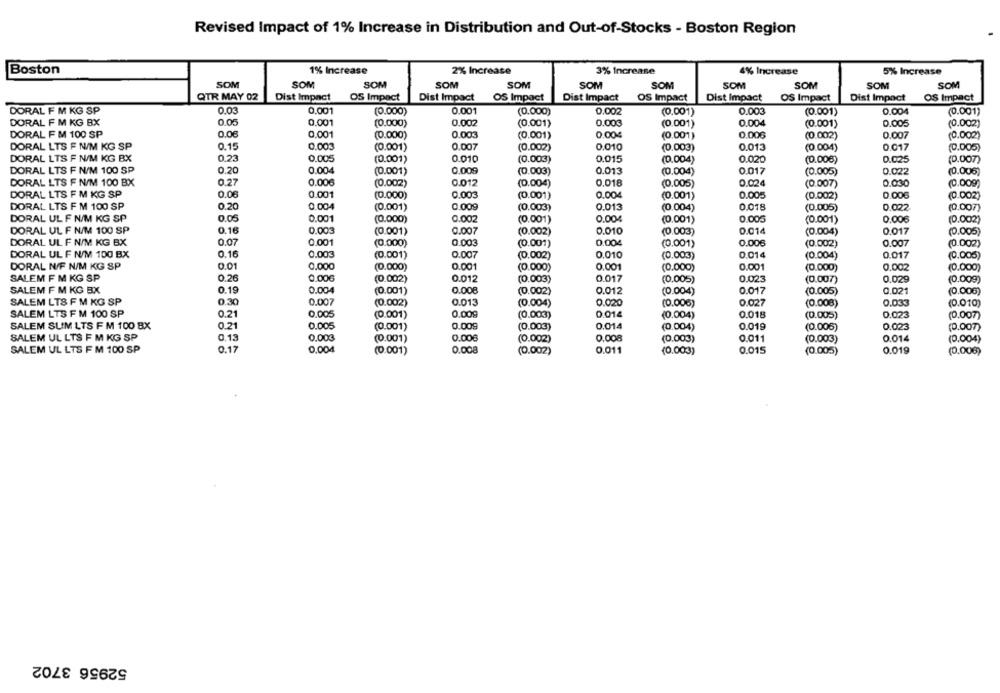
Revised Impact of 1% Increase in Distribution and Out-of-Stocks - Boston Region
Boston
1% Increase
2% Increase
3% Increase
4% Increase
5% Increase
SOM
SOM
SOM
SOM
SOM
SOM
SOM
SOM
SOM
SOM
SOM
QTR MAY 02
Dist Impact
OS Impact
Dist Impact OS Impact
Dist Impact
OS Impact
Dist Impact
Dist Impact
OS Impact
OS Impact
0.03
0.001
(0.000)
0.001
(0.000)
0.002
0.003
0.004
(0.001)
DORAL F M KG SP
(0.001)
(0.001)
DORAL F M KG BX
0.05
0.001
(0.000)
0.002
(0.001)
0.003
(0.001)
0.004
(0.001)
0.005
(0.002)
DORAL F M 100 SP
0.06
0.001
(0.000)
0.003
(0.001)
0.004
(0.001)
0.006
(0.002)
0.007
(0.002)
DORAL LTS F N/M KG SP
0.15
0.003
(0.001)
0.007
(0.002)
0.010
(0.003)
0.013
(0.004)
0.017
(0.005)
DORAL LTS F N/M KG BX
0.23
0.005
(0.001)
0.010
(0.003)
0.015
(0.004)
0.020
(0.006)
0.025
(0.007)
DORAL LTS F N/M 100 SP
0.20
0.004
(0.001)
0.009
(0.003)
0.013
(0.004)
0.017
(0.005)
0.022
(0.006)
DORAL LTS F N/M 100 BX
0.27
0.006
(0.002)
0.012
(0.004)
0.018
(0.005)
0.024
(0.007)
0.030
(0.009)
DORAL LTS F M KG SP
0.06
0.001
0.003
0.004
(0.000)
(0.001)
(0.001)
0.005
(0.002)
0.006
(0.002)
DORAL LTS F M 100 SP
0.20
0.004
(0.001)
0.009
(0.003)
0.013
(0.004)
0.018
(0.005)
0.022
(0.007)
DORAL UL F N/M KG SP
0.05
0.001
(0.000)
0.002
(0.001)
0.00
(0.001)
0.005
(0.001)
0.006
(0.002)
0.16
0.003
DORAL UL F N/M 100 SP
(0.001)
0.007
(0.002)
0.010
(0.003)
0.014
(0.004)
0.017
(0.005)
DORAL UL F N/M KG BX
0.07
0.001
(0.000)
0.003
(0.001)
0.004
(0.001)
0.006
(0.002)
0.007
(0.002)
DORAL UL F N/M 100 BX
0.16
0.003
(0.001)
0.007
(0.002)
0.010
(0.003)
0.014
(0.004)
0.017
(0.005)
DORAL N/F N/M KG SP
0.01
0.000
(0.000)
0.001
(0.000)
0.001
(0.000)
0.001
(0.000)
0.002
(0.000)
SALEM F M KG SP
0.26
0.006
(0.002)
0.012
(0.003)
0.017
(0.005)
0.023
(0.007)
0.029
(0.009)
SALEM F M KG BX
0.19
0.004
(0.001)
0.008
(0.002)
0.012
(0.004)
0.017
(0.005)
0.021
(0.006)
SALEM LTS F M KG SP
0.30
0.007
(0.002)
0.013
(0.004)
0.020
(0.006)
0.027
(0.008)
0.033
(0.010)
SALEM LTS F M 100 SP
0.21
0.005
(0.001)
0.009
(0.003)
0 014
(0.004)
0.018
(0.005)
0.023
(0.007)
SALEM SUM LTS F M 100 BX
0.21
0.005
(0.001)
0.009
(0.003)
0.014
0.019
0.023
(0.004)
(0.006)
(0.007)
SALEM UL LTS F M KG SP
0.13
0.00€
(0.001)
0.006
(0.002)
0,008
(0.003)
0.011
(0.003)
0.014
(0.004)
SALEM UL LTS F M 100 SP
0.17
0.004
(0.001)
0.008
(0.002)
0.011
(0.003)
0.015
(0.005)
0.019
(0,00€)
52956 3702